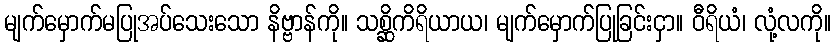
မျက်မှောက်မပြုအပ်သေးသော နိဗ္ဗာန်ကို။ သစ္ဆိကိရိယာယ၊ မျက်မှောက်ပြုခြင်းငှာ။ ဝီရိယံ၊ လုံ့လကို။